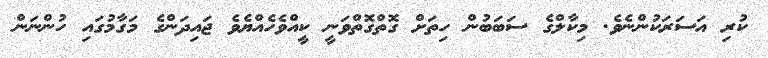
ކުރި އަސަރަކުންނެވެ. މިކާލްގެ ސަބަބުން ހިތަށް ގޮތްގޮތްވަނީ ކީއްވެހެއްޔެވެ ޖައިދަންގެ މަގާމުގައި ހުންނަން